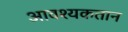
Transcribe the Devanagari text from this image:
आवश्यकतान